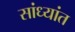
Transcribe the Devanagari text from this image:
सांध्यांत